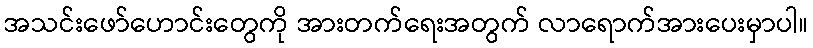
အသင်းဖော်ဟောင်းတွေကို အားတက်ရေးအတွက် လာရောက်အားပေးမှာပါ။